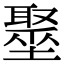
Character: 𡒍